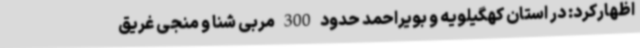
اظهارکرد: در استان کهگیلویه و بویراحمد حدود 300 مربی شنا و منجی غریق